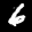
Label: 6